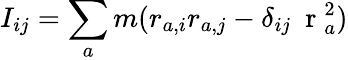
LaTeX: I_{ij}=\sum_{a}m(r_{a,i}r_{a,j}-\delta_{ij}\mathrm{~\mathbf~r~}_{a}^{2})